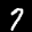
Label: 7